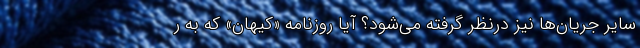
سایر جریان‌ها نیز درنظر گرفته می‌شود؟ آیا روزنامه «کیهان» که به ر